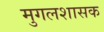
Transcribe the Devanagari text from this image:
मुगलशासक